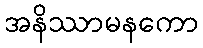
အနိဿာမနကော